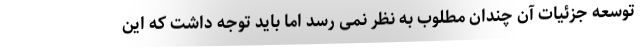
توسعه جزئیات آن چندان مطلوب به نظر نمی رسد اما باید توجه داشت که این